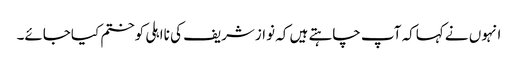
انہوں نے کہاکہ آپ چاہتے ہیں کہ نوازشریف کی نااہلی کوختم کیاجائے۔